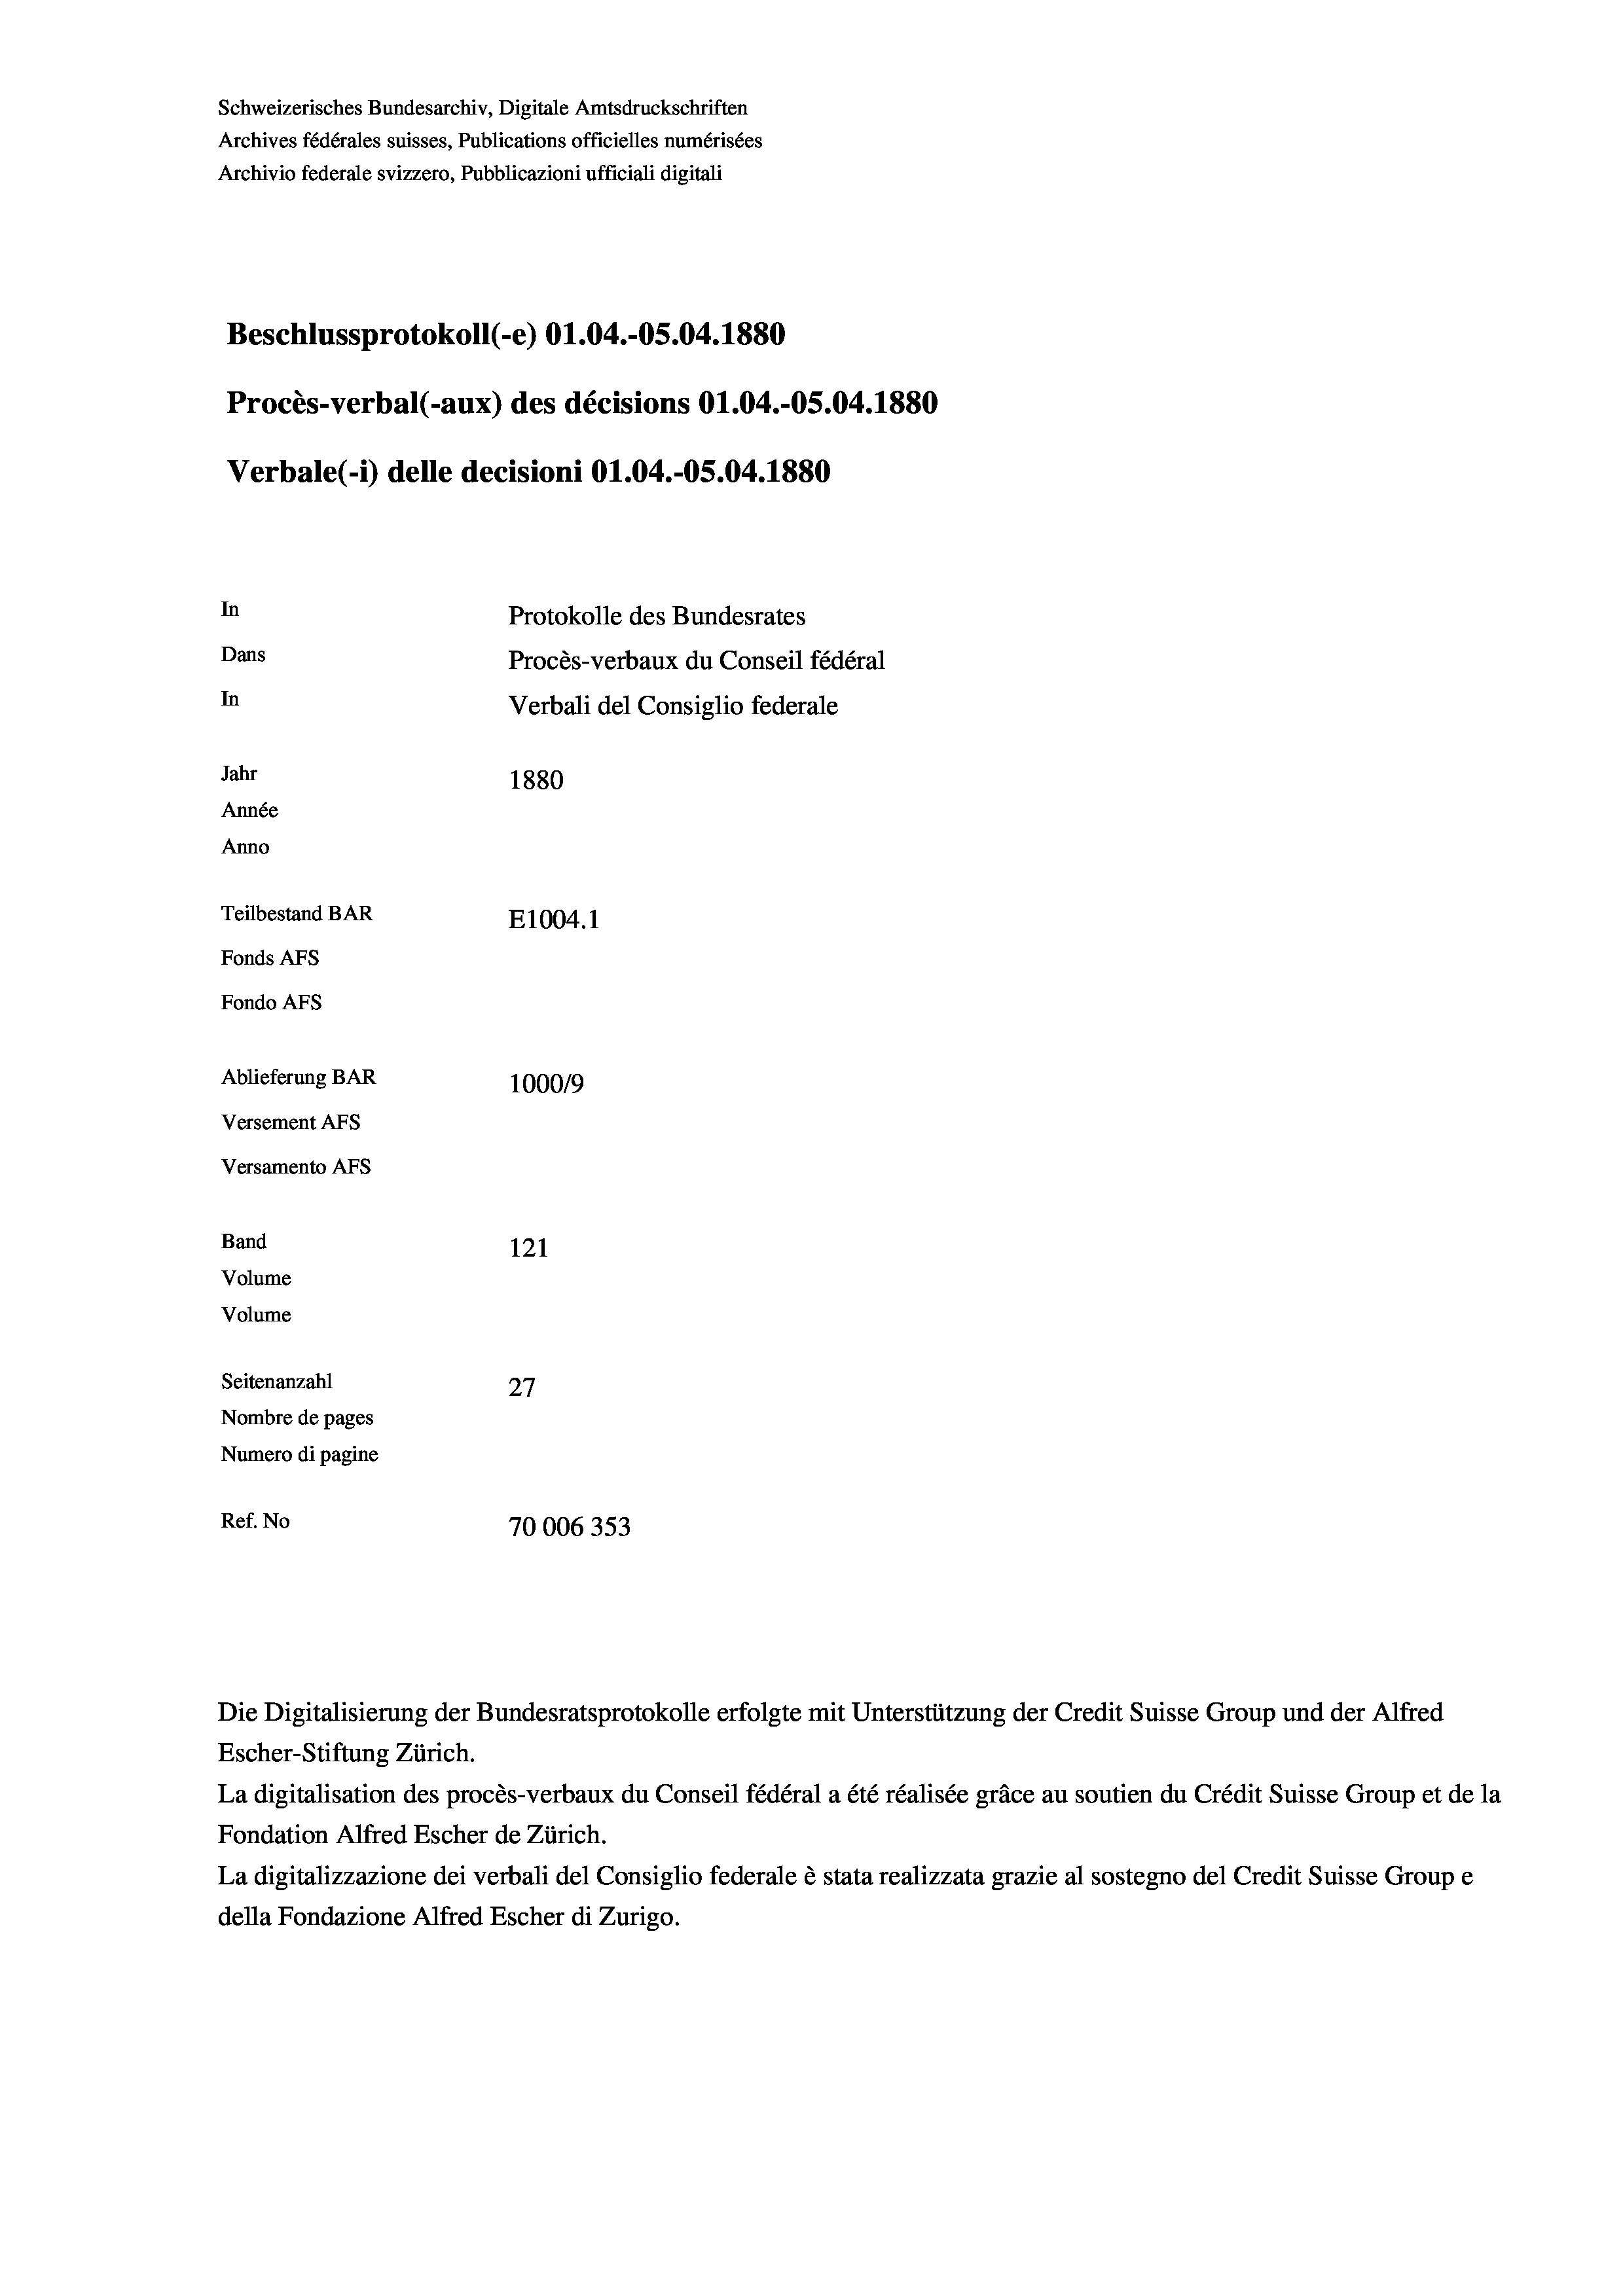
Schweizerisches Bundesarchiv, Digitale Amtsdruckschriften
Archives fédérales suisses, Publications officielles numérisées
Archivio federale svizzero, Pubblicazioni ufficiali digitali
Beschlussprotokoll (-e) O1.04.-O5.04. 1880
Procès-verbal (-aux) des décisions O1.04.-OS.04. 1880
Verbale(-*) delle decisioni O1.04.-O5.04. 1880
In
Protokolle des Bundesrates
Dans
Procès-verbaux du Conseil fédéral
In
Verbali del Consiglio federale
Jahr
1880
Année
Anno
Teilbestand BAR
E1004. 1
Fonds AFs
Fondo AFS
Ablieferung BAR
100019
Versement AFs
Versamento Afs
Band
121
Volume
Volume
Seitenanzahl
27
Nombre de pages
Numero di pagine
Ref. No
70006353

Escher-Stiftung Zürich.
La digitalisation des procès-verbaux du Conseil fédéral a été réalisée gräce au soutien du Crédit Suisse Group et de la
Fondation Alfred Escher de Zürich.
La digitalizzazione dei verbali del Consiglio federale è stata realizzata grazie al sostegno del Credit Suisse Groupe
della Fondazione Alfred Escher di Zurigo.

Die Digitalisierung der Bundesratsprotokolle erfolgte mit Unterstützung der Credit Suisse Group und der Alfred